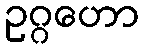
ဥဂ္ဂဟော